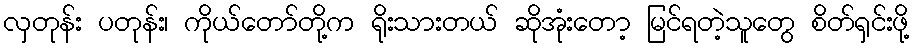
လှတုန်း ပတုန်း၊ ကိုယ်တော်တို့က ရိုးသားတယ် ဆိုအုံးတော့ မြင်ရတဲ့သူတွေ စိတ်ရှင်းဖို့